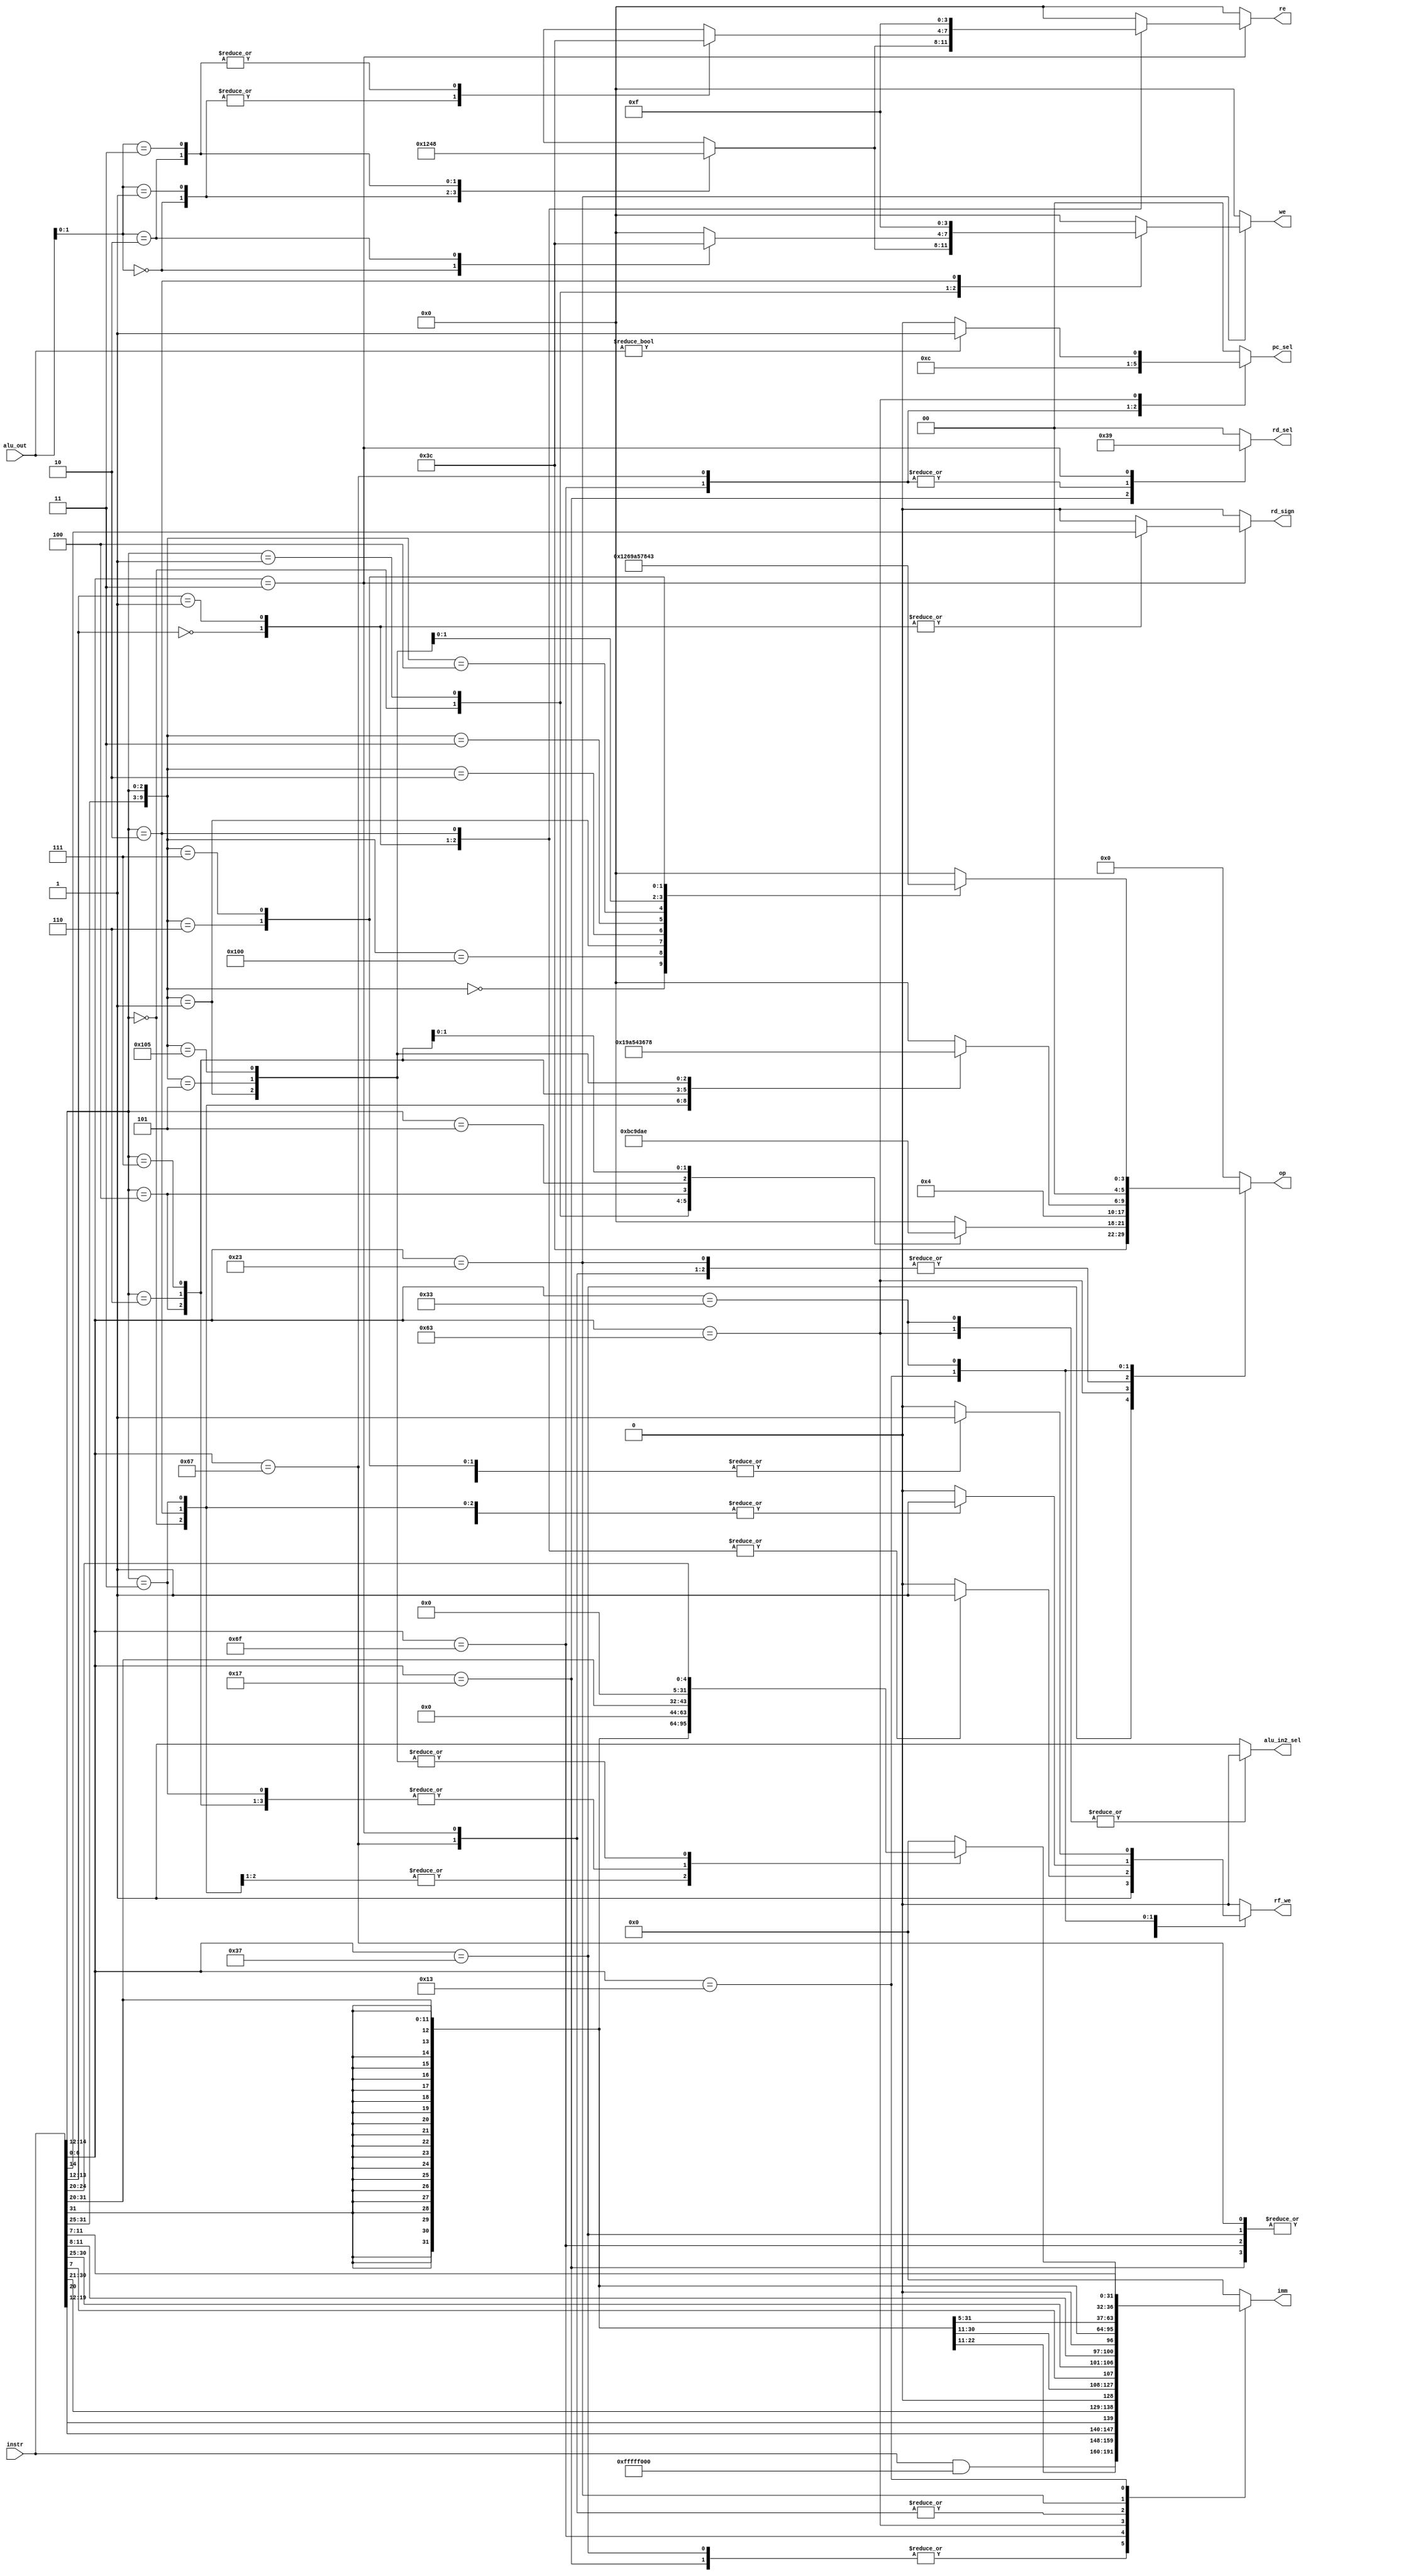
// `include "parameters.v"

module Decoder (
    input [31:0] instr,
    input [31:0] alu_out,
    
    output reg [5:0] op,        // for alu
    output reg alu_in2_sel,
    output reg [31:0] imm,

    output reg [1:0] rd_sel,
    output reg rf_we,           // we for rf
    output reg rd_sign,
    
    output reg [1:0] pc_sel,
     
    output reg [3:0] we,re         // for dmem
);
        
    always @(*) begin
        imm<=0;
        we<=0;
        re<=0;

        op<=0;
        alu_in2_sel<=1;//default input is imm
        
        rd_sel<=0;  // def output of alu
        rf_we<=0;   // def for rf_write
        
        pc_sel<=0;  //by default normal increment
        rd_sign<=0;

        casez (instr[6:0])
            7'b0110111: begin // LUI
                            imm <= instr&32'hfffff000;
                            op <= 15;
                            rf_we<=1;
                        end
            7'b0010111: begin // AUIPC
                            imm <= instr&32'hfffff000;
                            rd_sel <= 3;
                            rf_we<=1;
                        end 
            7'b1101111: begin  // JAL
                            rf_we <= 1;
                            rd_sel <= 2;
                            pc_sel <= 1;
                            imm <= {{12{instr[31]}},instr[19:12],instr[20],instr[30:21],1'b0};
                        end
            7'b1100111: begin // JALR
                            rf_we <= 1;
                            rd_sel <= 2;
                            pc_sel <= 2; // pc+off can be from alu
                            op<=1;       // if pc is set from alu
                            imm <= {{20{instr[31]}},instr[31:20]};
                        end
            7'b1100011: begin
                            imm <= {{20{instr[31]}},instr[7],instr[30:25],instr[11:8],1'b0};
                            case (instr[14:12])
                                3'b000 : op<=11;    //BEQ
                                3'b001 : op<=12;    //BNE
                                3'b100 : op<=9;     //BLT
                                3'b101 : op<=13;    //BGE
                                3'b110 : op<=10;     //BLTU
                                3'b111 : op<=14;    //BGEU
                                default: op<=0;
                            endcase
                            alu_in2_sel<=0; //selecting rs1 instead of imm
                            if (alu_out) begin
                                pc_sel <= 1;
                            end
                        end
            7'b0000011: begin
                        imm <= {{20{instr[31]}},instr[31:20]};
                        op<=1 ; // add rs1+alu_in2(imm);
                        rd_sel<=1; // from dmem
                        rf_we<=1;

                        casez (instr[14:12])
                            3'bz00: begin //LB(0)&LBU(1)
                                    rd_sign <= instr[14]; //1=> unsigned
                                    case (alu_out[1:0])
                                    2'b00:  re<=1;
                                    2'b01:  re<=2;
                                    2'b10:  re<=4;
                                    2'b11:  re<=8;
                                    endcase
                                    end
                                    
                            3'bz01: begin //LH(0)&LHU(1)
                                    rd_sign <= instr[14];
                                    case(alu_out[1:0])
                                        2'b00: re<=3;
                                        2'b01: re<=3;
                                        2'b10: re<=12;
                                        2'b11: re<=12;
                                        default: rf_we<=0; //invalid load
                                    endcase
                                    end

                            3'b010: begin
                                    re<=15;
                                    imm <= {{20{instr[31]}},instr[31:20]};//<<2;
                                    //imm <= {{18{instr[31]}},instr[31:20],2'b0}; 
                                    //imm <= {{20{instr[31]}},instr[31:20]};
                                    /*if(alu_out[1:0]==0) begin
                                        rf_we<=1;
                                    end else begin
                                        rf_we<=0;
                                    end*/
                                    end
                            default: rf_we<=0;
                        endcase
                        end

            7'b0100011: begin 
                        imm <= {{20{instr[31]}},instr[31:25],instr[11:7]};
                        op<=1;
                        //we<=0;
                        case (instr[14:12])
                            3'b000: case (alu_out[1:0])//SB
                                    2'b00: we<=1;
                                    2'b01: we<=2;
                                    2'b10: we<=4;
                                    2'b11: we<=8;
                                    endcase
                            3'b001: case (alu_out[1:0])//SH
                                    2'b00: we<=3; 
                                    2'b10: we<=12;
                                    default: we<=0;
                                    endcase
                            3'b010: begin //SW
                                    imm <= {{20{instr[31]}},instr[31:25],instr[11:7]};//<<2;
                                    /*if (alu_out[1:0]==0)
                                        we<=15; 
                                    else
                                        we<=0;
                                    */
                                    we<=15;
                                end
                            default: we<=0;
                        endcase                     
                        end

            7'b0010011: begin
                rf_we <= 1; // can shift this to every case for more certainity
                rd_sel <= 0; // redn
                alu_in2_sel <=1;///redn
                casez({instr[31:25],instr[14:12]})
                    10'bzzzzzzz000: begin op<=1; // ADDI
                                        imm <= {{20{instr[31]}},instr[31:20]};
                                    end
                    10'bzzzzzzz010: begin op<=9; // SLTI
                                        imm <= {{20{instr[31]}},instr[31:20]};
                                    end
                    10'bzzzzzzz011: begin op<=10; // SLTIU
                                        imm <= {20'b0,instr[31:20]};  
                                    end
                    10'bzzzzzzz100: begin op<=5; // XORI
                                        imm <= {20'b0,instr[31:20]};  
                                    end
                    10'bzzzzzzz110: begin op<=4; // ORI
                                        imm <= {20'b0,instr[31:20]};
                                    end
                    10'bzzzzzzz111: begin op<=3; // ANDI
                                        imm <= {20'b0,instr[31:20]};
                                    end
                    10'b0000000001: begin op<=6; // SLLI
                                        imm <= {27'b0,instr[24:20]};
                                    end 
                    10'b0000000101: begin op<=7; // SRLI
                                        imm <= {27'b0,instr[24:20]};
                                    end
                    10'b0100000101: begin op<=8; // SRAI
                                        imm <= {27'b0,instr[24:20]};
                                    end
                    default: rf_we <= 0;//for safety
                endcase
                end
            7'b0110011: begin
                rf_we <= 1;
                rd_sel <= 0; // redn
                alu_in2_sel <=0;
                
                case({instr[31:25],instr[14:12]})
                    10'b0000000000: op<=1; // ADD
                    10'b0100000000: op<=2; // SUB
                    17'b0000000001: op<=6; // SLL
                    17'b0000000010: op<=9; // SLT
                    17'b0000000011: op<=10; // SLTU
                    17'b0000000100: op<=5; // XOR
                    17'b0000000101: op<=7; // SRL
                    17'b0100000101: op<=8; // SRA
                    17'b0000000110: op<=4; // OR
                    17'b0000000111: op<=3; // AND
                    default: rf_we<=0;
                    //17'bzzzzzzz0000001111: op<=38; // FENCE
                    //17'b00000000001110011: op<=39; // ECALL
                    //17'b00000010001110011: op<=40; // EBREAK
                endcase
                end
            default: op<=0;
        endcase
    end

endmodule